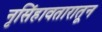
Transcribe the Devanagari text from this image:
नृसिंहावतारातून